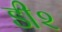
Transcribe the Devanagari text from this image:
डी२